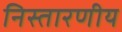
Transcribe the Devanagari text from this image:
निस्तारणीय